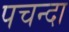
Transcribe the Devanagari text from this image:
पचन्दा